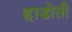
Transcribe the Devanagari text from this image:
हाडोती